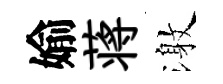
媮蒋激